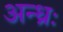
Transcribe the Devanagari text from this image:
अन्ध्रः